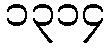
၁၃၁၄